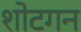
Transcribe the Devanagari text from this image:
शोटगन